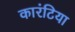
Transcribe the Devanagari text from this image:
कारंटिया